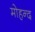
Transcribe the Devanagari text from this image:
मोहन्द